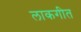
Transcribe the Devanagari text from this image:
लाकगीत